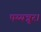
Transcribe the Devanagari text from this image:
पय्यन्नूर।